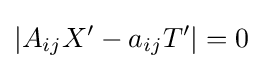
|A_{ij}X'-a_{ij}T'|=0